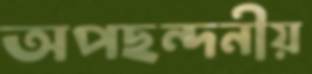
অপছন্দনীয়